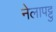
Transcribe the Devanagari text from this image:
नेलापट्टु